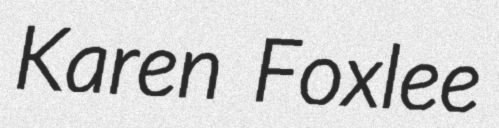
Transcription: Karen Foxlee